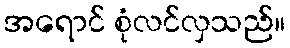
အရောင် စုံလင်လှသည်။